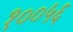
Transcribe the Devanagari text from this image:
१००५६